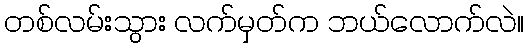
တစ်လမ်းသွား လက်မှတ်က ဘယ်လောက်လဲ။